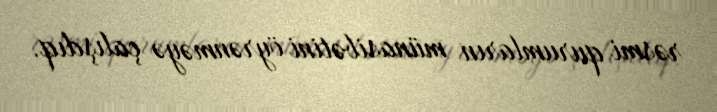
rəsmi qurumların münasibətini öyrənməyə çalışdıq.